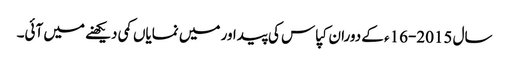
سال 2015-16ء کے دوران کپاس کی پیداور میں نمایاں کمی دیکھنے میں آئی۔